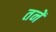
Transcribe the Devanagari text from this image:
तनें